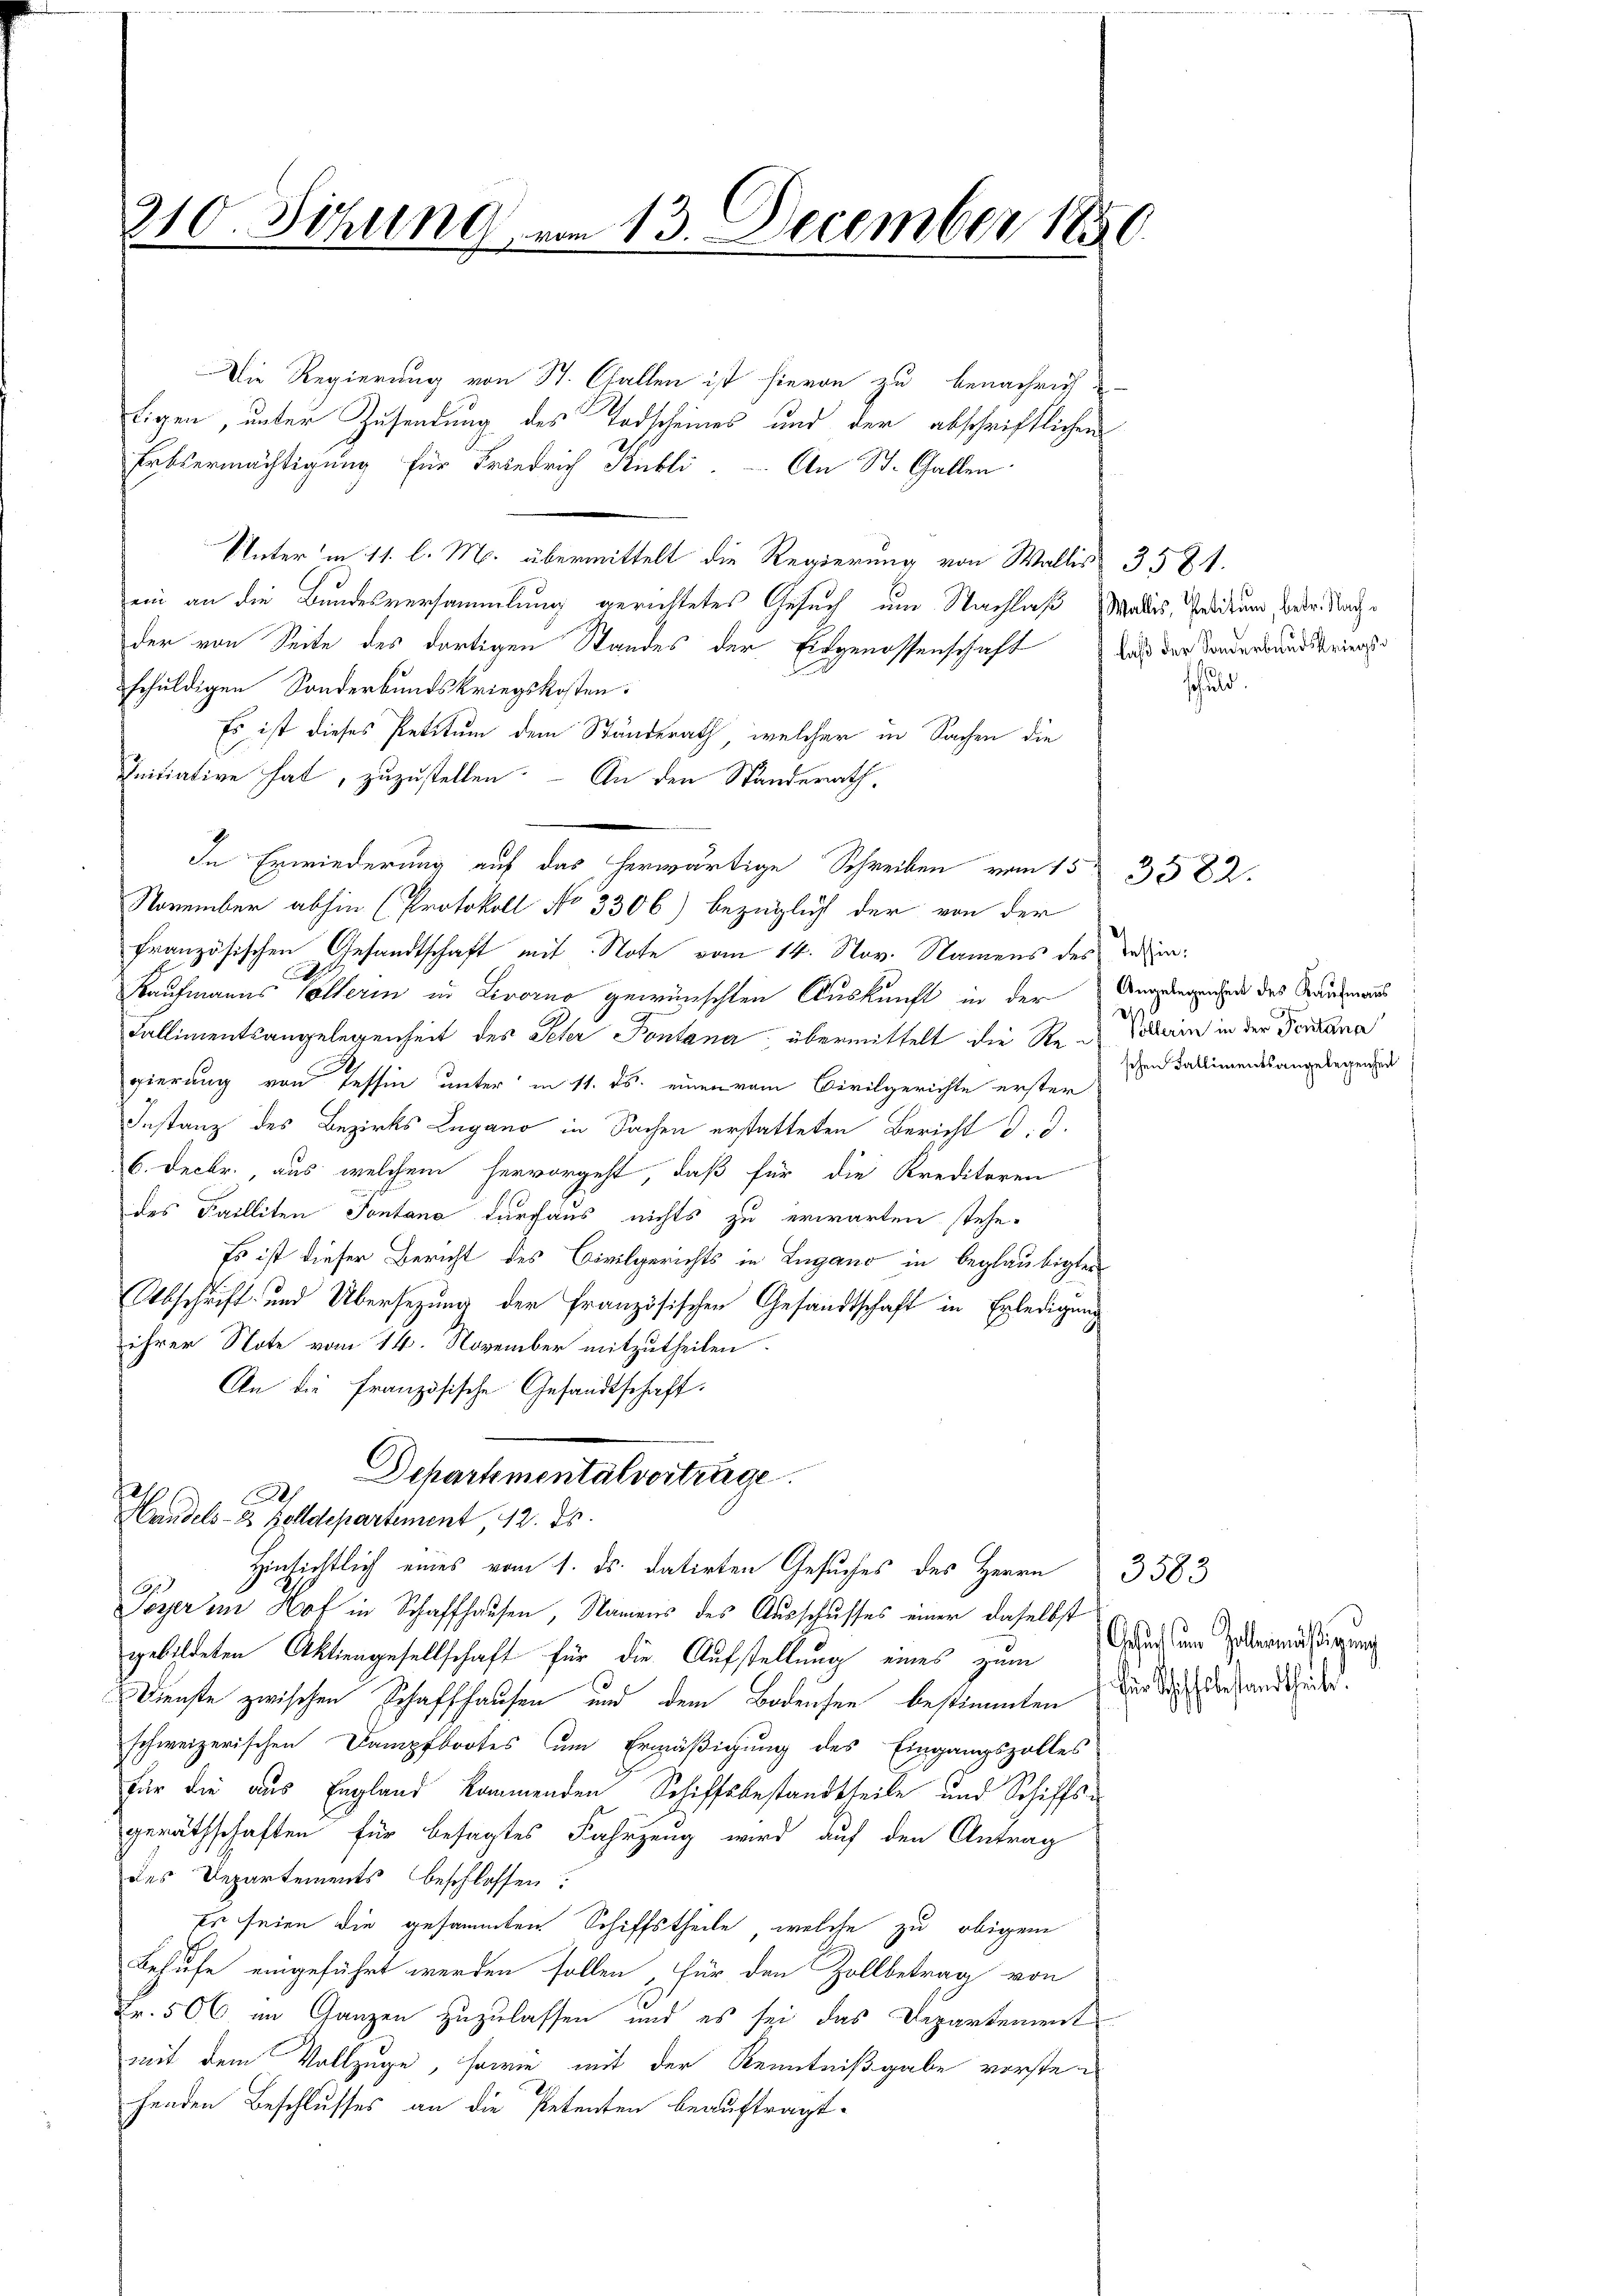
210. Sitzung vom 13. December 1850.

Die Regierung von St. Gallen ist hievon zu benachrich-
tigen, unter Zusendung des Todscheines und der abschriftlichen
Erbsermächtigung für Friedrich Kubl. An St. Gallen
Unter in 11. l. M. übermittelt die Regierung von Wallis 3531.
ein an die Bundesversammlung gerichtetes Gesuch um Nachlaß Wallis, Preditum, weder. Nach
der von Seite des dortigen Standes der Eidgenossenschaft daß der Sonderbandskriegsschuldigen Sonderbundskriegskosten.
Es ist dieses Petitum dem Standerath, welcher in Sachen die
Initiative hat, zuzustellen. – An den Standerath,
In Erwiederung auf das herwärtige Schreiben vom 15. 3582.
November abhin (Protokoll No 3306) bezüglich der von der
französischen Gesandtschaft mit Note vom 14. Nov. Namens des Vater¬
C
Kaufmanns Collerin in Livorno gewünschten Auskunft in der Angelegenen des Raumans
Kallimentsangelegenheit des Peter Pontana, übermittelt die Ste-Voderin in der Ferdana
gierung von Tessin unter in 11. ds. einen vom Civilgerichte erster
Instanz des Bezirks Lugano in Sachen erstatteten Bericht d. d.
6. Decbr., aus welchem hervorgeht, daß für die Kreditoren
des Failliten Sontana durchaus nichts zu erwarten stehe.
Es ist dieser Bericht des Civilgerichts in Lugano in beglaubigten
Abschrift und Übersezung der französischen Gesandtschaft in Erledigung
ihrer Note vom 14. November mitzutheilen.
An die französische Gesandtschaft.
Departementalvertrage.

h
Handels- 2 Felldepartement 12. ds.

Hinsichtlich eines vom 1. ds. datirten Gesuches des Herrn 3583
Toyer im Hof in Schaffhausen, Namens des Ausschusses einer daselbst
gebildeten Aktiengesellschaft für die Aufstellung eines zum
Dienste zwischen Schaffhausen und dem Bodensen bestimmten der Wicht behand stud.
schweizerischen Dampfbootes um Ermäßigung des Eingangszolles
für die aus England kommenden Schiffsbestandtheile und Schiffsu
geräthschaften für besagtes Fahrzeug wird auf den Antrag
des Departements beschlossen:
Es seien die gesammten Schiffstheile, welche zu obigem
Behufe eingeführt werden sollen, für den Zollbetrag von
Fr. 506 im Ganzen zuzulassen und es sei das Departement
mit dem Vollzuge, sowie mit der Kenntnißgabe vorsten
henden Beschlusses an die Petenten beauftragt.

schuld.

schen Fallimentsangelegenhen

Gesuch dem Zollenmäßigung